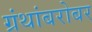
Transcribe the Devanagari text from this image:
ग्रंथांबरोबर